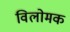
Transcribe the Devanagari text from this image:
विलोमक